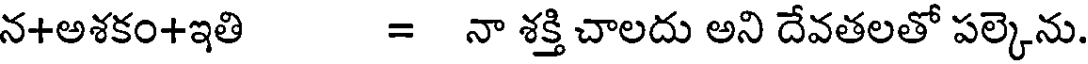
న+అశకం+ఇతి = నా శక్తి చాలదు అని దేవతలతో పల్కెను.